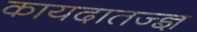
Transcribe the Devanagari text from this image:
कायदातज्ज्ञ